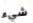
شيء